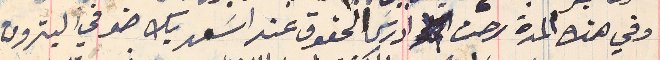
وفي هذه المدة رحت ادرسَ الحقوق عند اسَعد بك ضو في البترون.